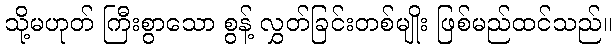
သို့မဟုတ် ကြီးစွာသော စွန့် လွှတ်ခြင်းတစ်မျိုး ဖြစ်မည်ထင်သည်။